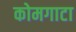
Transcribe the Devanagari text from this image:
कोमगाटा